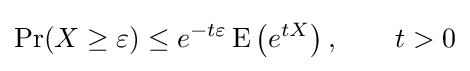
\Pr(X\geq \varepsilon )\leq e^{-t\varepsilon }\operatorname {E} \left(e^{tX}\right),\qquad t>0